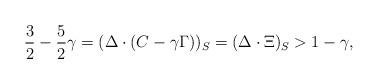
LaTeX: \begin{align*}\frac{3}{2} - \frac{5}{2} \gamma = (\Delta \cdot (C - \gamma \Gamma))_S= (\Delta \cdot \Xi)_S > 1-\gamma,\end{align*}